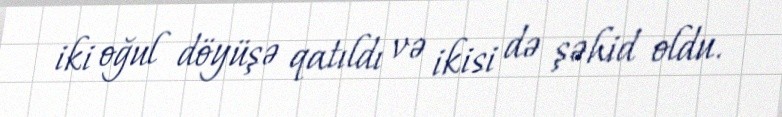
iki oğul döyüşə qatıldı və ikisi də şəhid oldu.